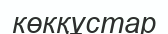
көкқұстар